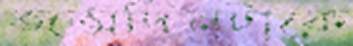
জন্মদিনটাকে